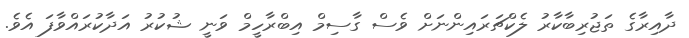
ދާއިރާގެ ތަޖުރިބާކާރު ލެކްޗަރައިންނަށް ވެސް ގާސިމް އިބްރާހީމް ވަނީ ޝުކުރު އަދާކުރައްވާފަ އެވެ.